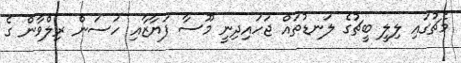
މެޗުގައި ލިލީ ބީޗުގެ ލަނޑުތައް ޖަހައިދިނީ މޫސާ ފަޔާޒާއި ހަސަން ރިލްވާން ގެ